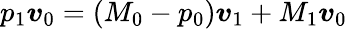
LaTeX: p_{1}\boldsymbol{v}_{0}=(M_{0}-p_{0})\boldsymbol{v}_{1}+M_{1}\boldsymbol{v}_{0}